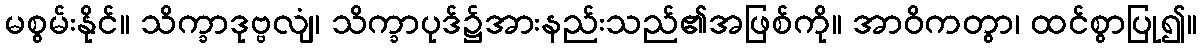
မစွမ်းနိုင်။ သိက္ခာဒုဗ္ဗလျံ၊ သိက္ခာပုဒ်၌အားနည်းသည်၏အဖြစ်ကို။ အာဝိကတွာ၊ ထင်စွာပြု၍။